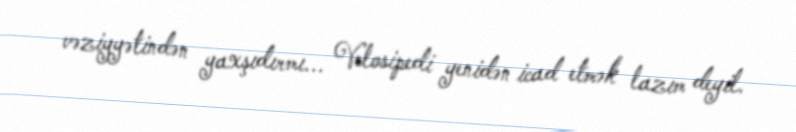
vəziyyətindən yaxşıdırmı... Velosipedi yenidən icad etmək lazım deyil.